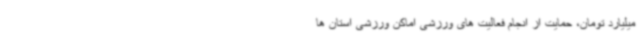
میلیارد تومان، حمایت از انجام فعالیت های ورزشی اماکن ورزشی استان ها